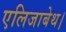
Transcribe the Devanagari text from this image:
एलिजाबेथ।